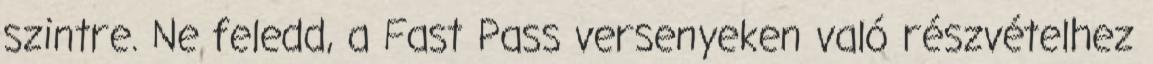
szintre. Ne feledd, a Fast Pass versenyeken való részvételhez